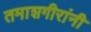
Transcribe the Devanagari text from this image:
तमाशगीरांनी